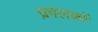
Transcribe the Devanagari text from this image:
प्रगलकों